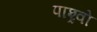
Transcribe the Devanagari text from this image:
पाश्र्वो